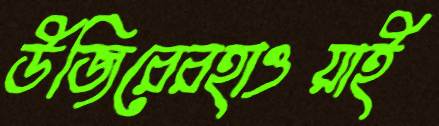
উজিরেরহাওয়াই